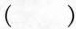
( )